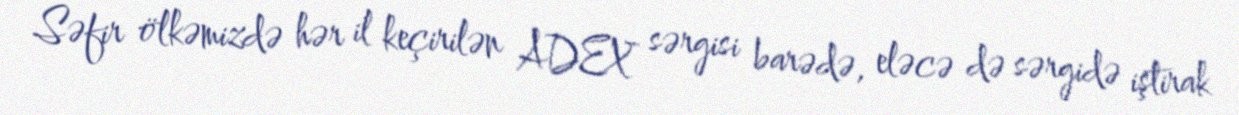
Səfir ölkəmizdə hər il keçirilən ADEX sərgisi barədə, eləcə də sərgidə iştirak